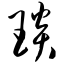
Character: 琰